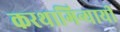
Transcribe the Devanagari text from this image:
करथागिन्यायी